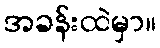
အခန်းထဲမှာ။